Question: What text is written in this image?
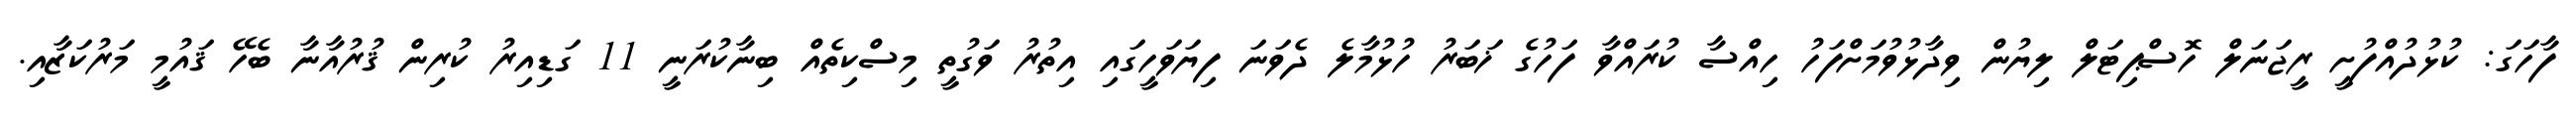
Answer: ފާހަގަ: ކުޅުދުއްފުށީ ރީޖަނަލް ހޮސްޕިޓަލް ލިޔުން ވިދާޅުވުމަށްފަހު ހިއްސާ ކުރައްވާ ފަހުގެ ޚަބަރު ހުޅުމާލެ ދެވަނަ ފިޔަވަހީގައި އިތުރު ވަގުތީ މިސްކިތެއް ބިނާކުރަނީ 11 ގަޑިއިރު ކުރިން ޤުރުއާނާ ބެހޭ ޤައުމީ މަރުކަޒާއި.